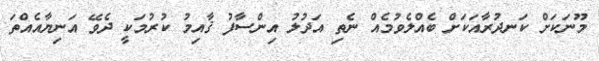
މޫނަކަށް ކަނދުރާއަކަށް ބެއްލެވުމެއް ނެތި އަދުލު އިންސާފު ޤާއިމު ކުރުމަކީ ދެވޭ އަނިޔާއެއްތަ